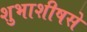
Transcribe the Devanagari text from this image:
शुभाशीषसे